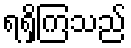
ရရှိကြသည်